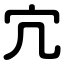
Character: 宂